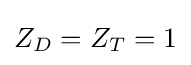
Z_{D}=Z_{T}=1